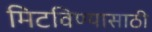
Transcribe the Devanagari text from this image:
मिटविण्यासाठी